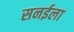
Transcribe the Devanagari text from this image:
सनईला